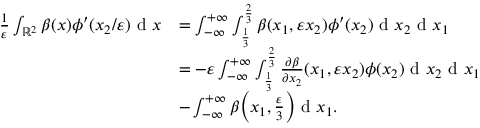
\begin{array} { r l } { \frac { 1 } { \varepsilon } \int _ { \mathbb { R } ^ { 2 } } \beta ( x ) \phi ^ { \prime } ( x _ { 2 } / \varepsilon ) \textrm { d } x } & { = \int _ { - \infty } ^ { + \infty } \int _ { \frac { 1 } { 3 } } ^ { \frac { 2 } { 3 } } \beta ( x _ { 1 } , \varepsilon x _ { 2 } ) \phi ^ { \prime } ( x _ { 2 } ) \textrm { d } x _ { 2 } \textrm { d } x _ { 1 } } \\ & { = - \varepsilon \int _ { - \infty } ^ { + \infty } \int _ { \frac { 1 } { 3 } } ^ { \frac { 2 } { 3 } } \frac { \partial \beta } { \partial x _ { 2 } } ( x _ { 1 } , \varepsilon x _ { 2 } ) \phi ( x _ { 2 } ) \textrm { d } x _ { 2 } \textrm { d } x _ { 1 } } \\ & { - \int _ { - \infty } ^ { + \infty } \beta \Big ( x _ { 1 } , \frac { \varepsilon } { 3 } \Big ) \textrm { d } x _ { 1 } . } \end{array}